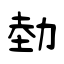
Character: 勎